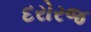
દરોરજ